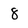
Character: 8